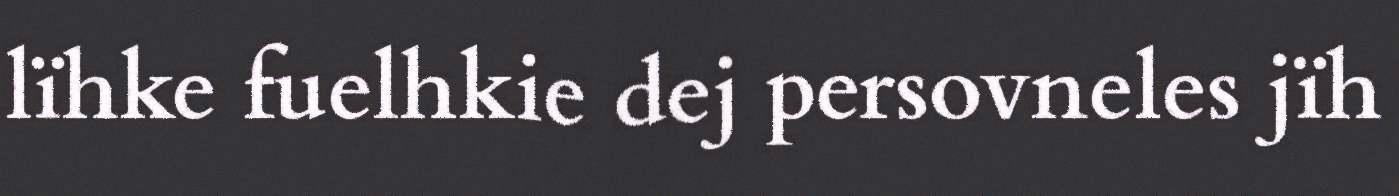
lïhke fuelhkie dej persovneles jïh